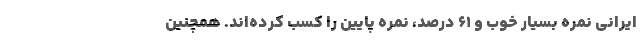
ایرانی نمره بسیار خوب و ۶۱ درصد، نمره پایین را کسب کرده‌اند. همچنین